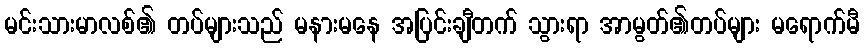
မင်းသားမာလစ်၏ တပ်များသည် မနားမနေ အပြင်းချီတက် သွားရာ အာမွတ်၏တပ်များ မရောက်မီ